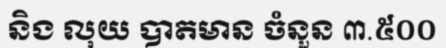
និង លុយ បាតមាន ចំនួន ៣.៥០០